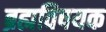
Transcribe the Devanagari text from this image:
ब्रह्मविषयक